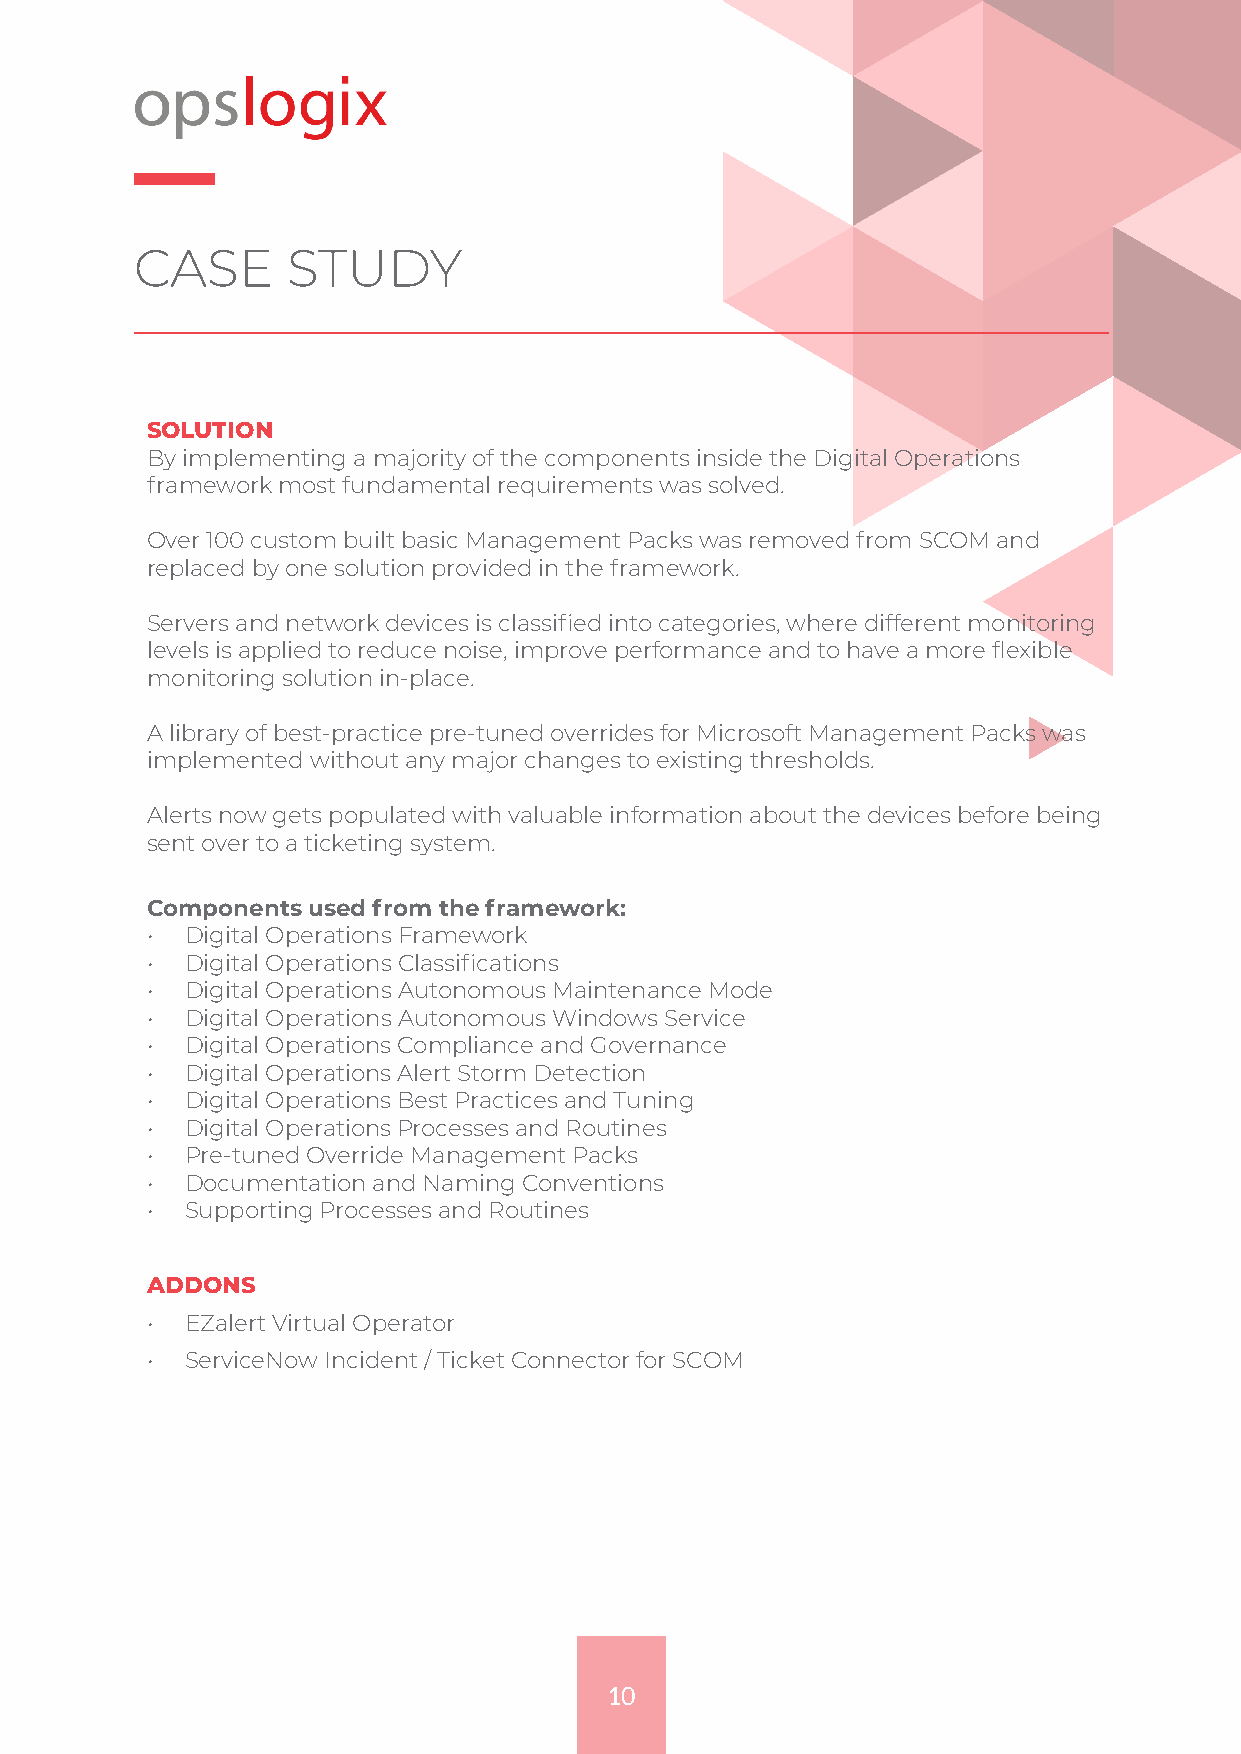
CASE      STUDY
 SOLUTION
 By implementing a majority of the components inside the Digital Operations
 framework most fundamental requirements was solved.
 Over 100 custom built basic Management Packs was removed from SCOM and
 replaced by one solution provided in the framework.
 Servers and network devices is classified into categories, where different monitoring
 levels is applied to reduce noise, improve performance and to have a more flexible
 monitoring solution in-place.
 A library of best-practice pre-tuned overrides for Microsoft Management Packs was
 implemented without any major changes to existing thresholds.
 Alerts now gets populated with valuable information about the devices before being
 sent over to a ticketing system.
 Components used from the framework:
 • Digital Operations Framework
 • Digital Operations Classifications
 • Digital Operations Autonomous Maintenance Mode
 • Digital Operations Autonomous Windows Service
 • Digital Operations Compliance and Governance
 • Digital Operations Alert Storm Detection
 • Digital Operations Best Practices and Tuning
 • Digital Operations Processes and Routines
 • Pre-tuned Override Management Packs
 • Documentation and Naming Conventions
 • Supporting Processes and Routines
 ADDONS
 • EZalert Virtual Operator
 • ServiceNow Incident / Ticket Connector for SCOM
 10